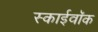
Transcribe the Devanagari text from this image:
स्काईवॉक